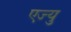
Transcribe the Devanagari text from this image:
एज्‍यु